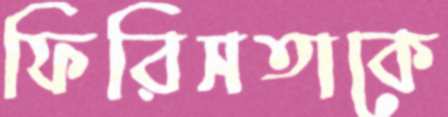
ফিরিসতাকে